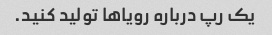
یک رپ درباره رویاها تولید کنید.